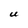
Character: U